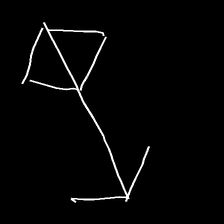
Glyph: focus